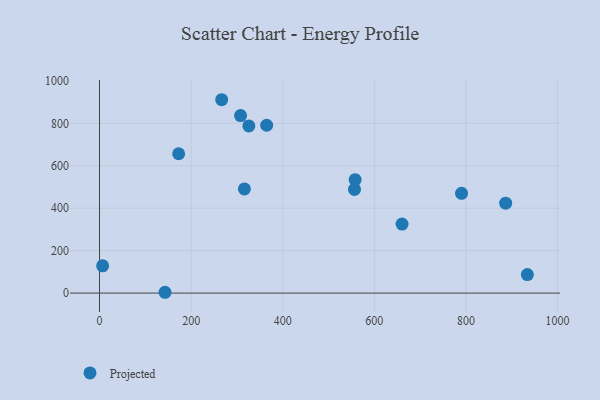
{"axis": {"x": "Speed", "y": "Exam Score"}, "legend": ["Projected"], "data": [{"x": "266.7", "y": 911.2, "type": "Projected"}, {"x": "556.6", "y": 488.3, "type": "Projected"}, {"x": "558.0", "y": 534.5, "type": "Projected"}, {"x": "316.3", "y": 490.8, "type": "Projected"}, {"x": "886.6", "y": 423.7, "type": "Projected"}, {"x": "6.8", "y": 128.4, "type": "Projected"}, {"x": "172.8", "y": 656.7, "type": "Projected"}, {"x": "660.4", "y": 325.0, "type": "Projected"}, {"x": "790.3", "y": 469.9, "type": "Projected"}, {"x": "307.9", "y": 836.6, "type": "Projected"}, {"x": "934.0", "y": 87.4, "type": "Projected"}, {"x": "326.0", "y": 787.8, "type": "Projected"}, {"x": "364.9", "y": 791.0, "type": "Projected"}, {"x": "143.0", "y": 3.8, "type": "Projected"}]}